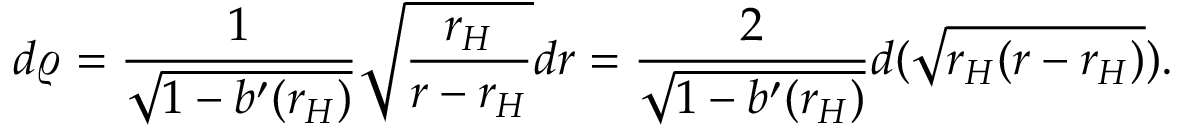
d \varrho = { \frac { 1 } { \sqrt { 1 - b ^ { \prime } ( r _ { H } ) } } } \sqrt { { \frac { r _ { H } } { r - r _ { H } } } } d r = { \frac { 2 } { \sqrt { 1 - b ^ { \prime } ( r _ { H } ) } } } d ( \sqrt { r _ { H } ( r - r _ { H } ) } ) .